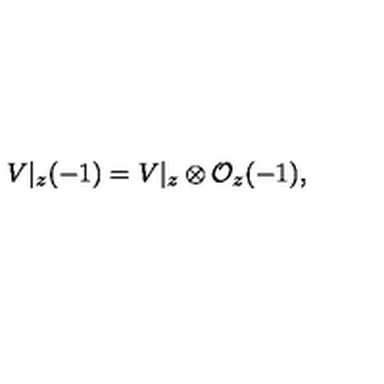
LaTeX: V | _ { z } ( - 1 ) = V | _ { z } \otimes { \cal O } _ { z } ( - 1 ) ,